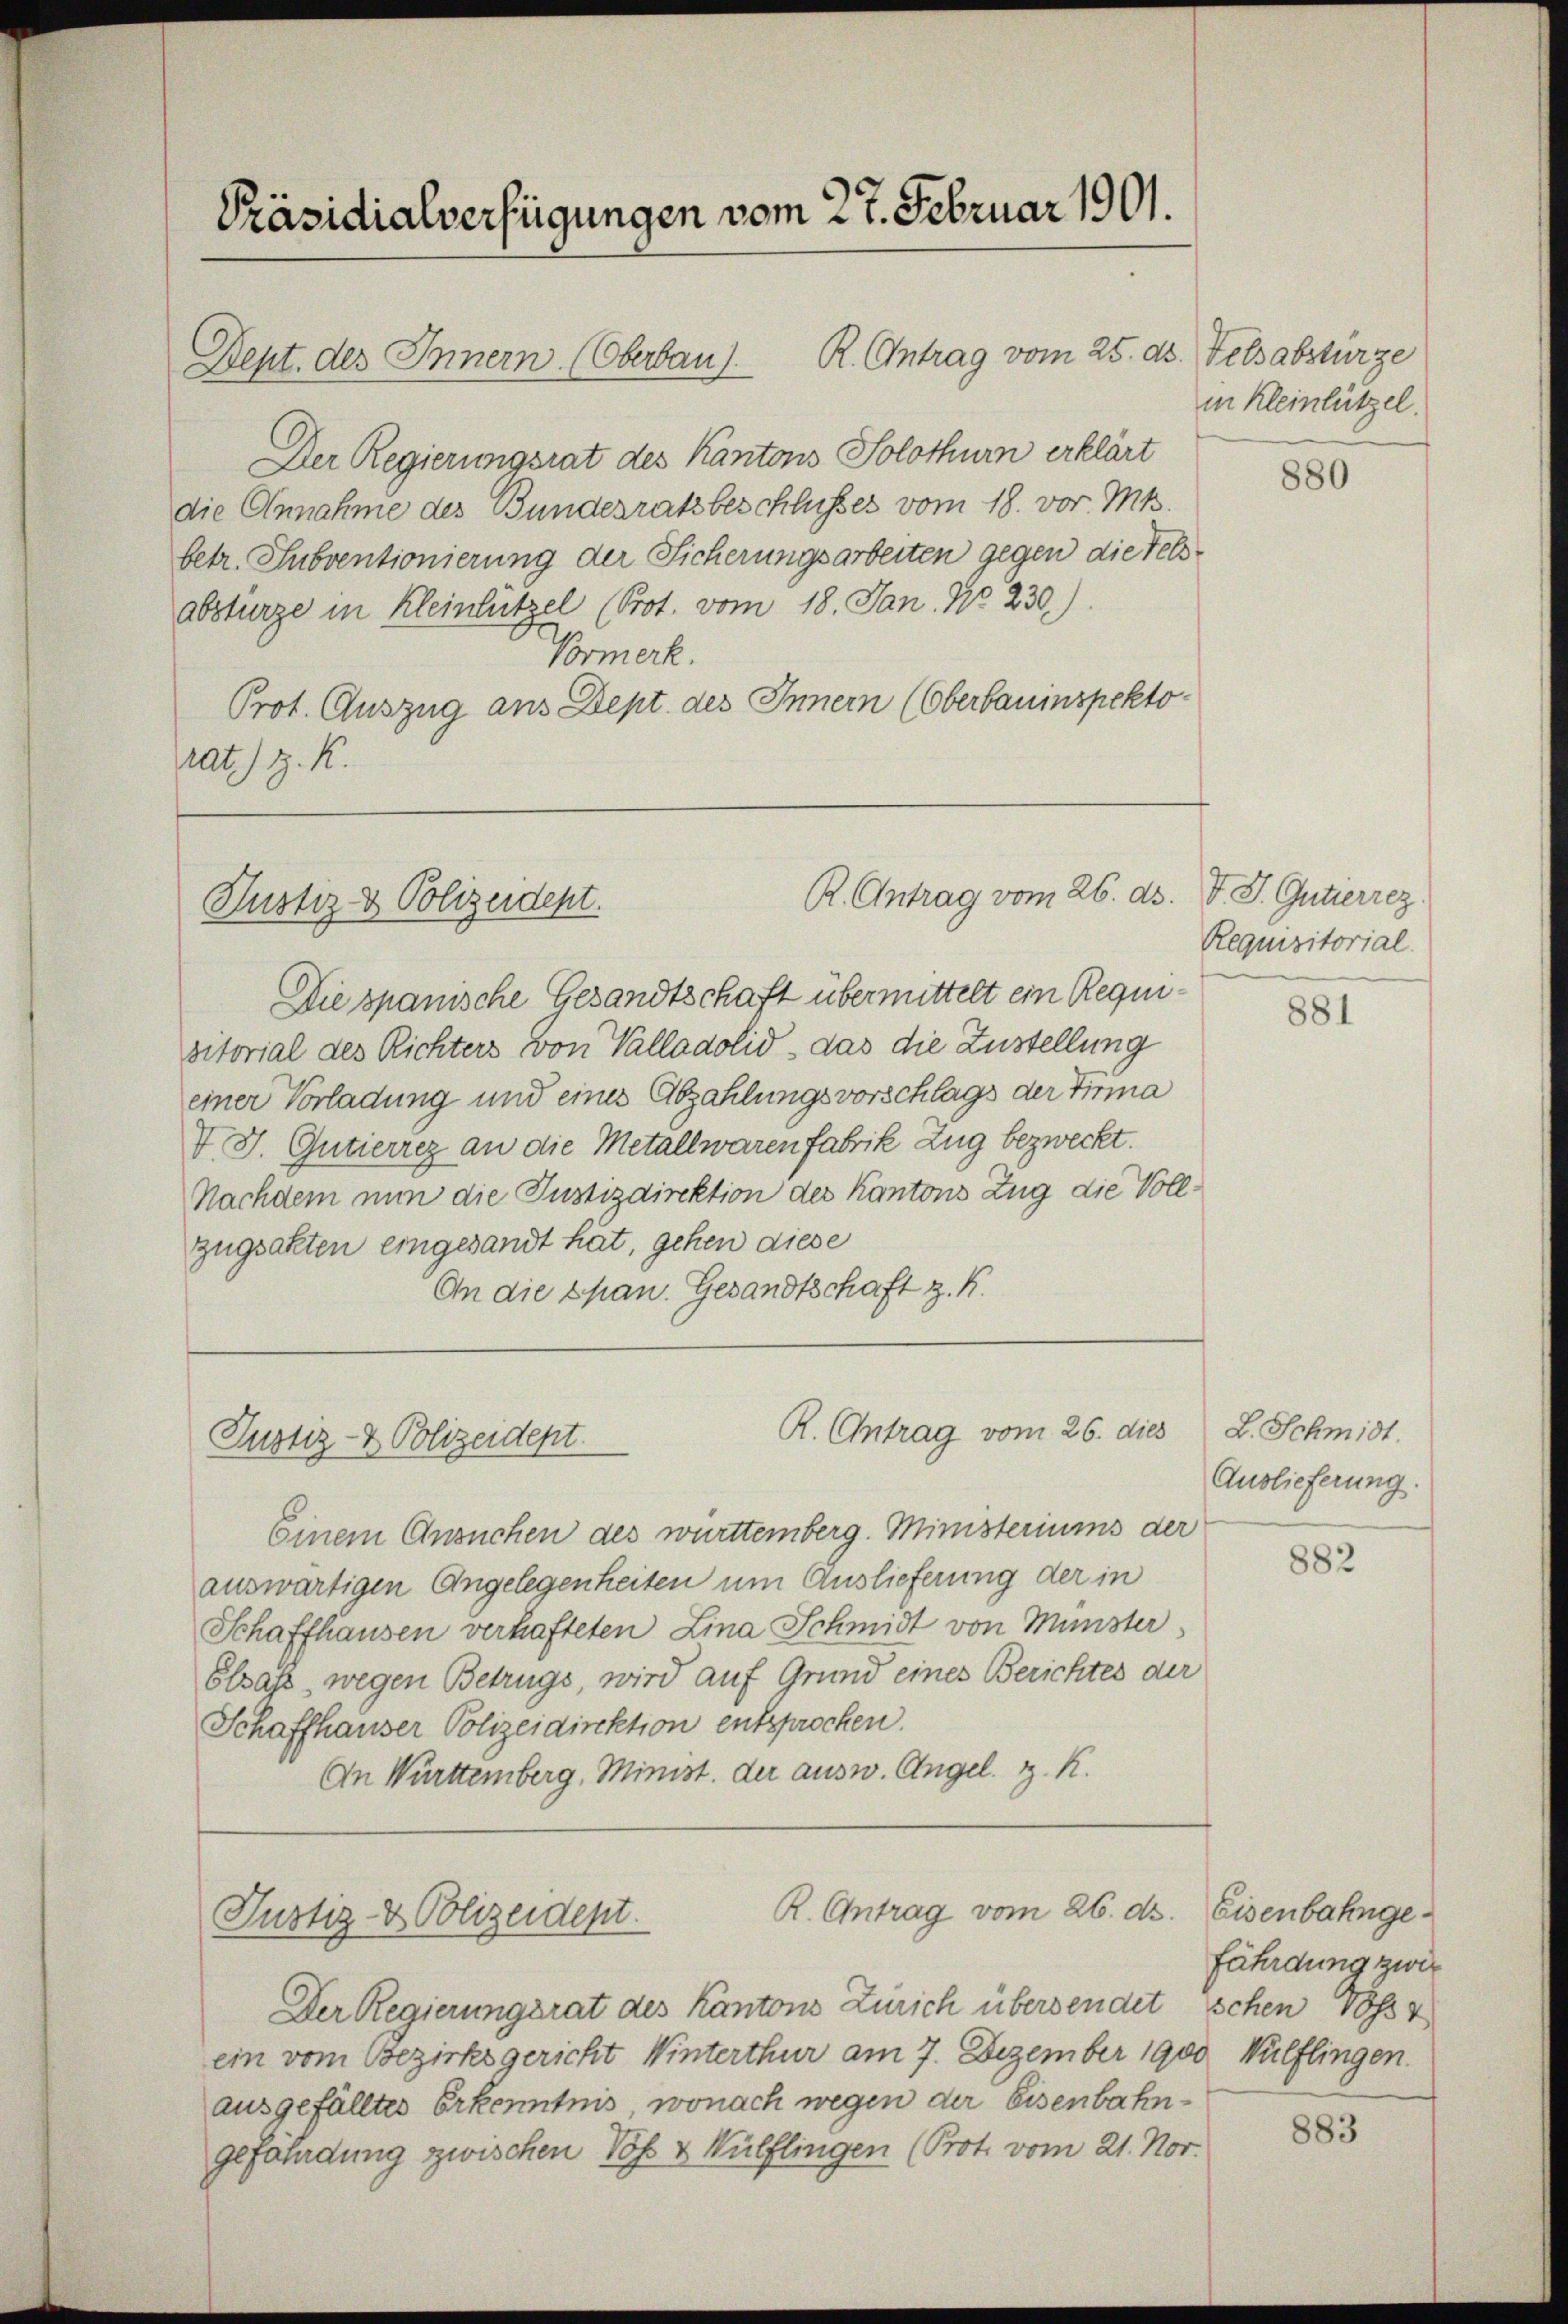
Präsidialverfügungen vom 27. Februar 1901.

Der Regierungsrat des Kantons Solothurn erklärt
die Annahme des Bundesratsbeschlusses vom 18. vor. Mts.
betr. Subventionierung der Sicherungsarbeiten gegen die Felsabstürze in Kleinlützel (Prot. vom 18. Jan. No. 230).
Vormerk.
Prot. Auszug aus Dept. des Innern (Oberbauinspektorat) z. K.

R. Antrag vom 26. ds.
Justiz- & Polizeident.

Justiz- & Polizeidept.

Bept. des Innern (Oberbau s. R. Antrag vom 25. ds. Felsabstürze

R. Antrag vom 26. dies

Die spanische Gesandtschaft übermittelt ein Requisitorial des Richters von Valladolid, das die Zustellung
einer Vorladung und eines Abzahlungsvorschlags der Firma
V. J. Gutierrez an die Metallwaren fabrik Zug bezweckt.
Nachdem nun die Justizdirektion des Kantons Zug die Voll¬
Zugsakten eingesandt hat, gehen diese
An die Span. Gesandtschaft z. B.

R. Antrag vom 26. d.
Justiz- & Polizeident.

Einem Ansuchen des württemberg. Ministeriums der
auswärtigen Angelegenheiten um Auslieferung der in
Schaffhausen verhafteten Lina Schmidt von Münster
Elsass, wegen Betrugs, wird auf Grund eines Berichtes der
Schaffhauser Polizeidirektion entsprochen.
An Württemberg, Minist. der ausw. Angel. z. K.

Der Regierungsrat des Kantons Zürich übersendet schen Voss V
ein vom Bezirksgericht Winterthur am 7. Dezember 1900 Wülflingen.
ausgefälltes Erkenntnis, wonach wegen der Eisenbahngefährdung zwischen Voh & Wülflingen (Prot. vom 21. Nov.

in Kleinlützel.

880

V. J. Gutierrez
Requisitorial.

881

L. Schmidt.
Auslieferung.

882

Eisenbahngefährdung zwir

883